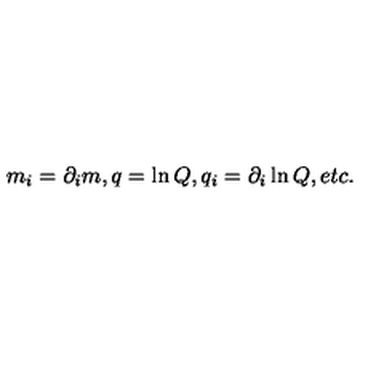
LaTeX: m _ { i } = \partial _ { i } m , q = \ln Q , q _ { i } = \partial _ { i } \ln Q , e t c .